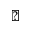
\triangledown